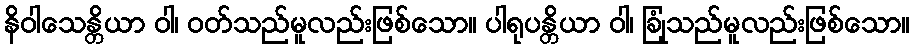
နိဝါသေန္တိယာ ဝါ၊ ဝတ်သည်မူလည်းဖြစ်သော။ ပါရုပန္တိယာ ဝါ၊ ခြုံသည်မူလည်းဖြစ်သော။